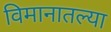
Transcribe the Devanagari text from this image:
विमानातल्या